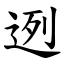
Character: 迾